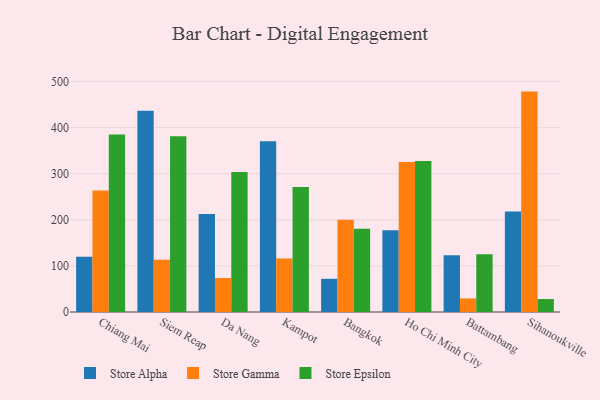
{"axis": {"x": "City", "y": "Inventory Turnover"}, "legend": ["Store Alpha", "Store Epsilon", "Store Gamma"], "data": [{"x": "Chiang Mai", "y": 119.6, "type": "Store Alpha"}, {"x": "Chiang Mai", "y": 263.4, "type": "Store Gamma"}, {"x": "Chiang Mai", "y": 384.7, "type": "Store Epsilon"}, {"x": "Siem Reap", "y": 436.3, "type": "Store Alpha"}, {"x": "Siem Reap", "y": 113.1, "type": "Store Gamma"}, {"x": "Siem Reap", "y": 381.3, "type": "Store Epsilon"}, {"x": "Da Nang", "y": 212.6, "type": "Store Alpha"}, {"x": "Da Nang", "y": 73.8, "type": "Store Gamma"}, {"x": "Da Nang", "y": 303.9, "type": "Store Epsilon"}, {"x": "Kampot", "y": 370.1, "type": "Store Alpha"}, {"x": "Kampot", "y": 116.3, "type": "Store Gamma"}, {"x": "Kampot", "y": 271.3, "type": "Store Epsilon"}, {"x": "Bangkok", "y": 72.0, "type": "Store Alpha"}, {"x": "Bangkok", "y": 199.9, "type": "Store Gamma"}, {"x": "Bangkok", "y": 180.6, "type": "Store Epsilon"}, {"x": "Ho Chi Minh City", "y": 177.3, "type": "Store Alpha"}, {"x": "Ho Chi Minh City", "y": 325.4, "type": "Store Gamma"}, {"x": "Ho Chi Minh City", "y": 327.4, "type": "Store Epsilon"}, {"x": "Battambang", "y": 123.0, "type": "Store Alpha"}, {"x": "Battambang", "y": 29.4, "type": "Store Gamma"}, {"x": "Battambang", "y": 125.3, "type": "Store Epsilon"}, {"x": "Sihanoukville", "y": 217.9, "type": "Store Alpha"}, {"x": "Sihanoukville", "y": 478.0, "type": "Store Gamma"}, {"x": "Sihanoukville", "y": 28.1, "type": "Store Epsilon"}]}